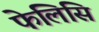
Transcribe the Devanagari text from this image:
फेलिसि